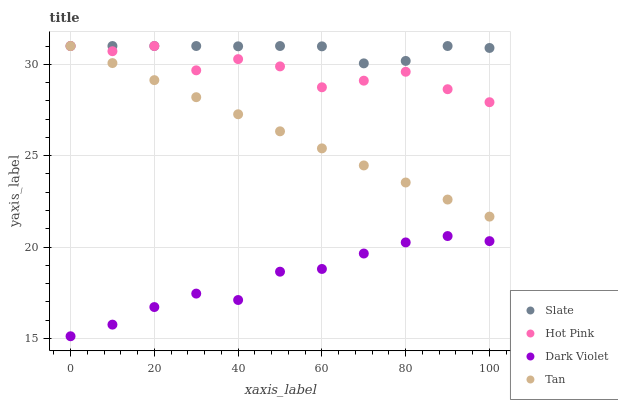
| xaxis_label | Slate | Hot Pink | Dark Violet | Tan |
 | --- | --- | --- | --- | --- |
 | 0 | 31 | 31 | 15.1 | 31 |
 | 10 | 31 | 30.7 | 15.8 | 30.1 |
 | 20 | 31 | 31 | 16.7 | 29.1 |
 | 30 | 31 | 29.7 | 17.5 | 28.2 |
 | 40 | 31 | 30.3 | 17.1 | 27.3 |
 | 50 | 31 | 29.9 | 18.7 | 26.3 |
 | 60 | 31 | 28.7 | 18.8 | 25.4 |
 | 70 | 30.1 | 29.1 | 19.6 | 24.5 |
 | 80 | 30.2 | 29.6 | 20.3 | 23.5 |
 | 90 | 31 | 28.6 | 20.6 | 22.6 |
 | 100 | 30.9 | 27.9 | 20.3 | 21.7 |